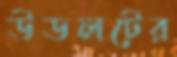
উডলটের